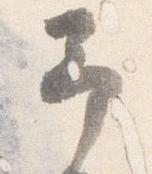
予